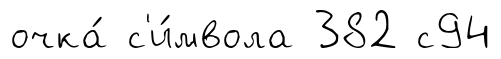
очка́ с'и́мвола 382 с94